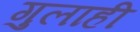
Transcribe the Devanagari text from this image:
गुलाही